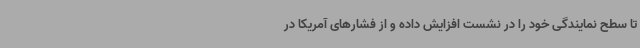
تا سطح نمایندگی خود را در نشست افزایش داده و از فشارهای آمریکا در